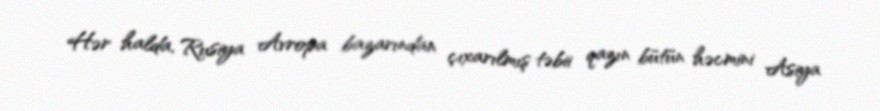
Hər halda, Rusiya Avropa bazarından çıxarılmış təbii qazın bütün həcmini Asiya